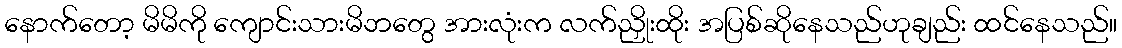
နောက်တော့ မိမိကို ကျောင်းသားမိဘတွေ အားလုံးက လက်ညှိုးထိုး အပြစ်ဆိုနေသည်ဟုချည်း ထင်နေသည်။